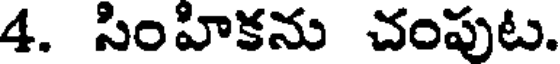
4. సింహికను చంపుట.